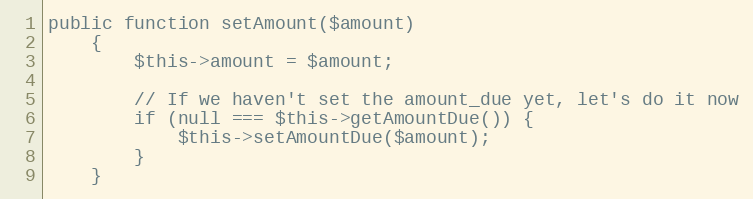
Language: PHP
public function setAmount($amount)
    {
        $this->amount = $amount;

        // If we haven't set the amount_due yet, let's do it now
        if (null === $this->getAmountDue()) {
            $this->setAmountDue($amount);
        }
    }